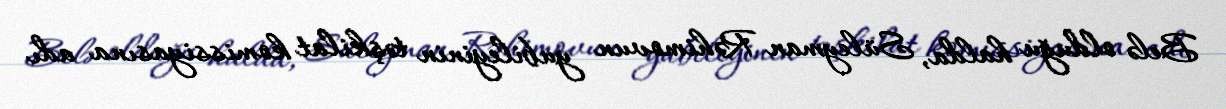
Belə olduğu halda, Süleyman Rəhimovun yubileyinin təşkilat komissiyasına adı